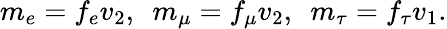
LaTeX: m_{e}=f_{e}v_{2},~~m_{\mu}=f_{\mu}v_{2},~~m_{\tau}=f_{\tau}v_{1}.